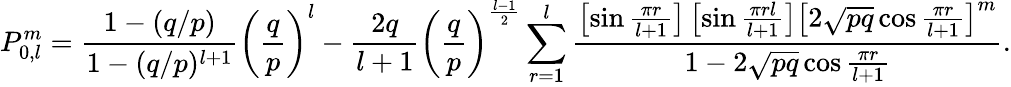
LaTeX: P_{0,l}^{m}=\frac{1-(q/p)}{1-(q/p)^{l+1}}\left(\frac{q}{p}\right)^{l}-\frac{2q}{l+1}\left(\frac{q}{p}\right)^{\frac{l-1}{2}}\sum_{r=1}^{l}\frac{\left[\sin\frac{\pi r}{l+1}\right]\left[\sin\frac{\pi rl}{l+1}\right]\left[2\sqrt{pq}\cos\frac{\pi r}{l+1}\right]^{m}}{1-2\sqrt{pq}\cos\frac{\pi r}{l+1}}.